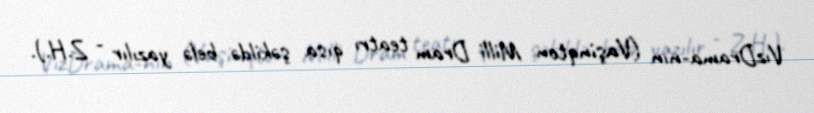
VızDrama-nın (Vaşinqton Milli Dram teatrı qısa şəkildə belə yazılır - Z.H.).